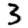
Digit: 3